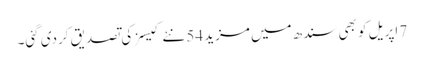
7 اپریل کو بھی سندھ میں مزید 54 نئے کیسز کی تصدیق کردی گئی۔